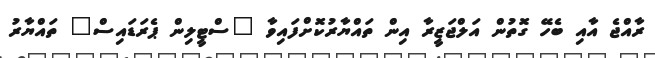
ރާއްޖެ އާއި ބެހޭ ގޮތުން އަލްޖަޒީރާ އިން ތައްޔާރުކޮށްފައިވާ "ސްޓީލިން ޕެރަޑައިސް" ތައްޔާރު